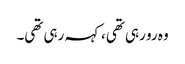
وہ رو رہی تھی،کہہ رہی تھی۔